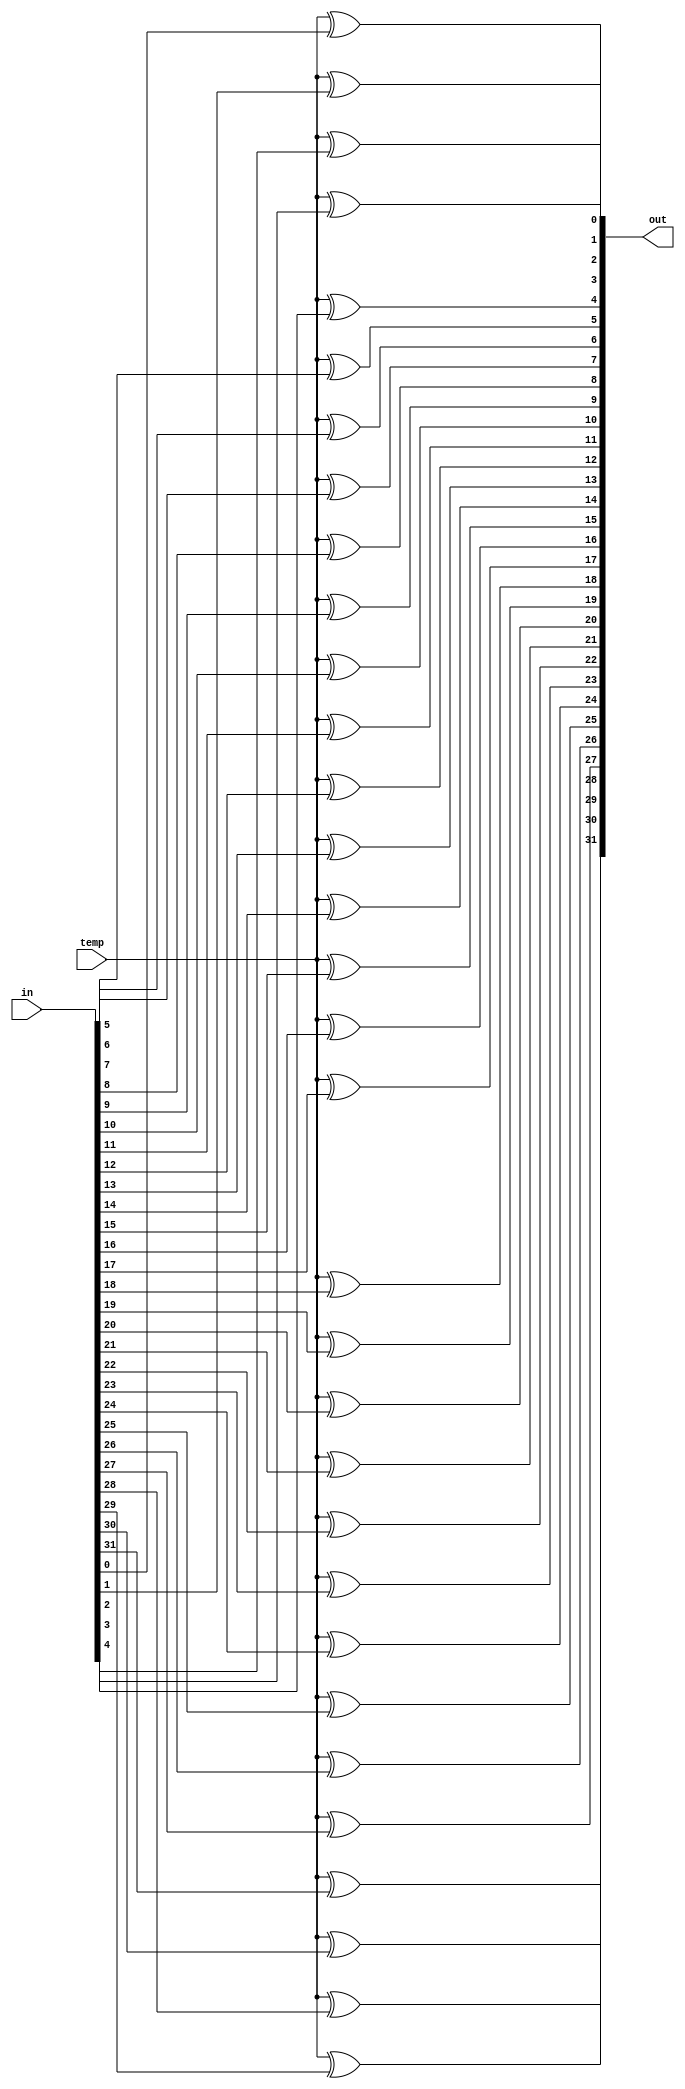
module xorxxxii(out, temp, in);
	input [31:0] in;
	input			temp;
	output[31:0] out;
	xor	o		(out[0], temp, in[0]);
	xor	i		(out[1], temp, in[1]);
	xor	ii		(out[2], temp, in[2]);
	xor	iii	(out[3], temp, in[3]);
	xor	iv		(out[4], temp, in[4]);
	xor	v		(out[5], temp, in[5]);
	xor	vi		(out[6], temp, in[6]);
	xor	vii	(out[7], temp, in[7]);
	xor	viii	(out[8], temp, in[8]);
	xor	ix		(out[9], temp, in[9]);
	xor	x		(out[10], temp, in[10]);
	xor	xi		(out[11], temp, in[11]);
	xor	xii	(out[12], temp, in[12]);
	xor	xiii	(out[13], temp, in[13]);
	xor	xiv	(out[14], temp, in[14]);
	xor	xv		(out[15], temp, in[15]);
	xor	xvi	(out[16], temp, in[16]);
	xor	xvii	(out[17], temp, in[17]);
	xor	xviii	(out[18], temp, in[18]);
	xor	xix	(out[19], temp, in[19]);
	xor	xx		(out[20], temp, in[20]);
	xor	xxi	(out[21], temp, in[21]);
	xor	xxii	(out[22], temp, in[22]);
	xor	xxiii	(out[23], temp, in[23]);
	xor	xxiv	(out[24], temp, in[24]);
	xor	xxv	(out[25], temp, in[25]);
	xor	xxvi	(out[26], temp, in[26]);
	xor	xxvii	(out[27], temp, in[27]);
	xor	xxviii(out[28], temp, in[28]);
	xor	xxix	(out[29], temp, in[29]);
	xor	xxx	(out[30], temp, in[30]);
	xor	xxxi	(out[31], temp, in[31]);

endmodule